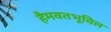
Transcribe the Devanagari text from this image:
हैमवतभूविल